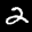
Label: 2